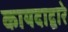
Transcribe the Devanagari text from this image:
कायदाद्वारे